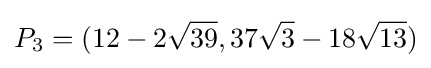
P_{3}=(12-2{\sqrt {39}},37{\sqrt {3}}-18{\sqrt {13}})